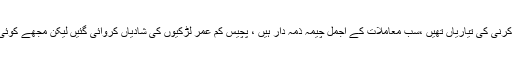
انہوں نے کہا کہ نویں اوردسویں جماعت کی بچیوں کی شادیاں کرنی کی تیاریاں تھیں ،سب معاملات کے اجمل چیمہ ذمہ دار ہیں ، پچیس کم عمر لڑکیوں کی شادیاں کروائی گئیں لیکن مجھے کوئی ریکارڈ نہیں ملا ،میں نے ابھی تک کوئی شادی نہیں کروائی ۔